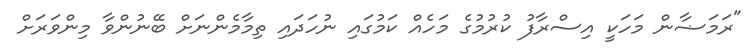
"ރަމަޟާން މަހަކީ އިސްރާފު ކުރުމުގެ މަހެއް ކަމުގައި ނުހަދައި ތިމާމެންނަށް ބޭނުންވާ މިންވަރަށް